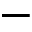
-